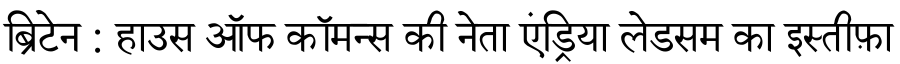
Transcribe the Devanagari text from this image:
ब्रिटेन : हाउस ऑफ कॉमन्स की नेता एंड्रिया लेडसम का इस्तीफ़ा